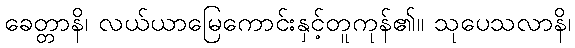
ခေတ္တာနိ၊ လယ်ယာမြေကောင်းနှင့်တူကုန်၏။ သုပေသလာနိ၊